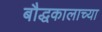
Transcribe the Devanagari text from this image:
बौद्धकालाच्या